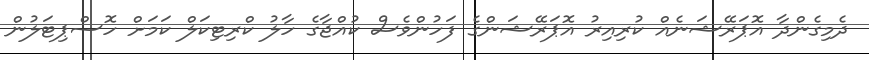
ދެމިގެންދާ އޮޕަރޭޝަނެއް ކުރިއިރު އޮޕަރޭޝަންގެ ފަހުންވެސް ކުއްޖާގެ ހާލު ކްރިޓިކަލް ކަމަށް ހޮސްޕިޓަލުން